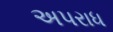
અપરાધ